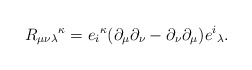
\begin{align*}{R_{\mu\nu\lambda}}^\kappa = {e_i}^\kappa(\partial_\mu \partial_\nu - \partial_\nu \partial_\mu) {e^i}_\lambda.\end{align*}